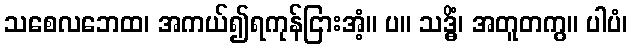
သစေလဘေထ၊ အကယ်၍ရကုန်ငြားအံ့။ ပ။ သဒ္ဓိံ၊ အတူတကွ။ ပါပံ၊